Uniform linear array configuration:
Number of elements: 12
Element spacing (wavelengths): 0.25
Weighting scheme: exponential
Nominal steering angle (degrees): -15
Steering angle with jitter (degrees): -14.756
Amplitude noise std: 0.05
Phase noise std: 0.05

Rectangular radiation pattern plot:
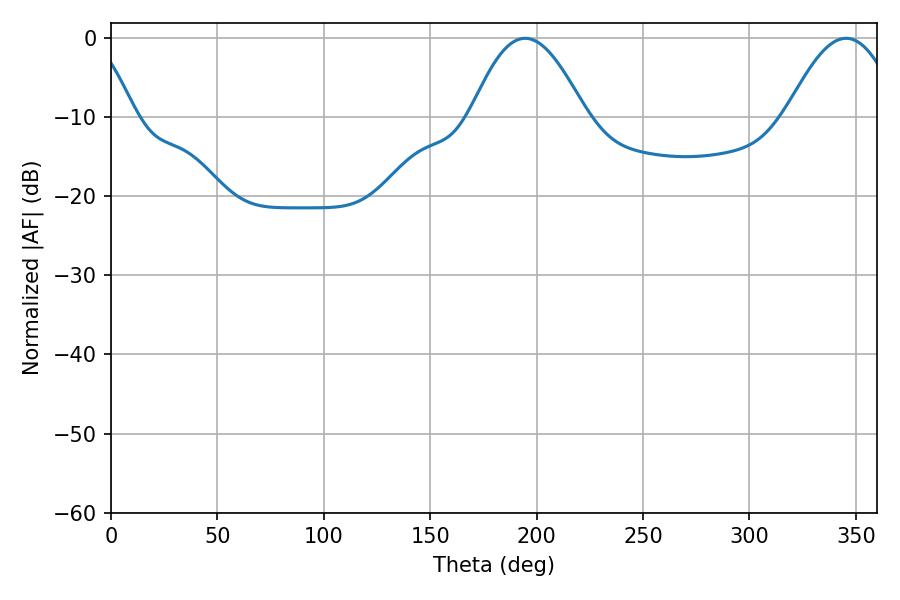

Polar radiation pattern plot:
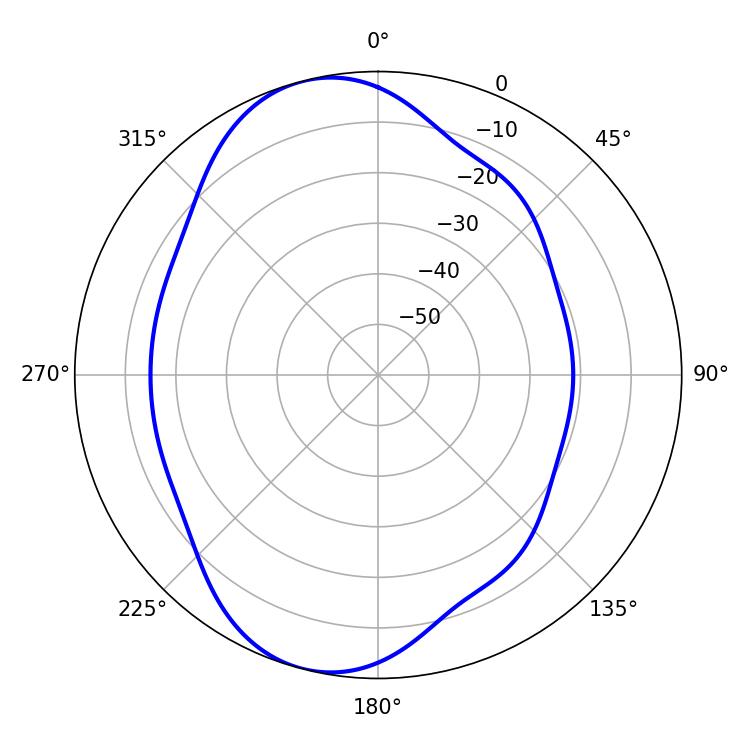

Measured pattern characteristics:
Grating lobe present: FALSE
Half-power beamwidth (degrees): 29.34
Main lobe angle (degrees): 194.58